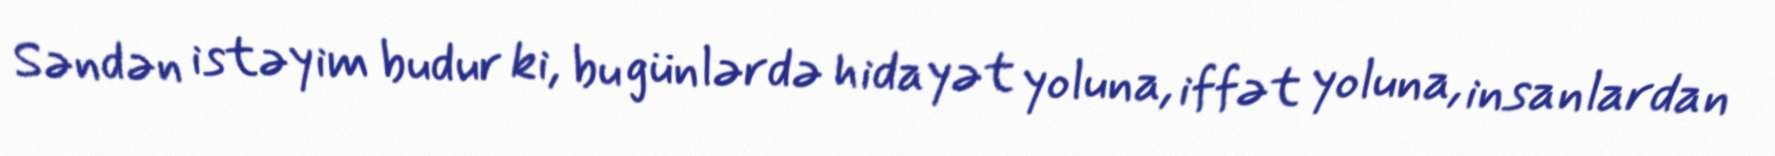
Səndən istəyim budur ki, bu günlərdə hidayət yoluna, iffət yoluna, insanlardan